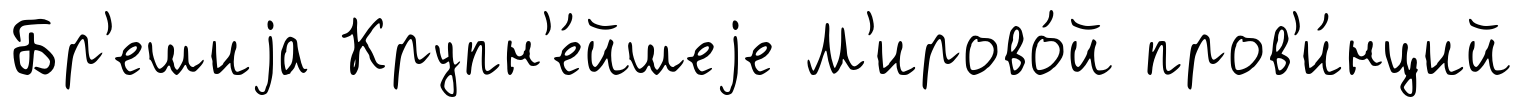
Бр'ешиjа Крупн'е́йшеjе М'ирово́й пров'и́нций